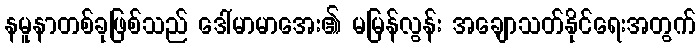
နမူနာတစ်ခုဖြစ်သည် ဒေါ်မာမာအေး၏ မမြန်လွန်း အချောသတ်နိုင်ရေးအတွက်